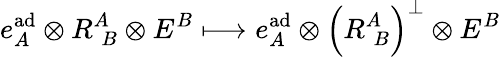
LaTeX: e_{A}^{\mathrm{ad}}\otimes R_{\; B}^{A}\otimes E^{B}\longmapsto e_{A}^{\mathrm{ad}}\otimes\left(R_{\; B}^{A}\right)^{\perp}\otimes E^{B}